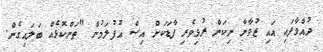
ދުއްވާފައި އައި ޒުވާނާ ނިކަން ރުޅިވެރި ފާޑަކަށް އިސް އުފުލަމުން "ތަންކޮޅެއް ބަލައިގެން.